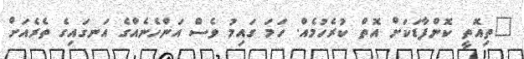
"ތިއޮތީ ކޮންފާޑަކަށް އޮތް ކުރެހުމެއް. ހަމަ ގައިމު ވެސް އަންހެނެއްގެ އަނގައިގެ ތެރެއަށް